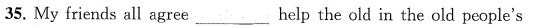
35. My friends all agree____ help the old in the old people's